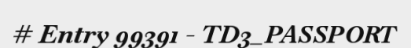
# Entry 99391 - TD3_PASSPORT